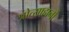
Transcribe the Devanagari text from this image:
प्रोत्साहानों